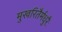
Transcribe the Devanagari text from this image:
मुखरितैर्मधुरैः